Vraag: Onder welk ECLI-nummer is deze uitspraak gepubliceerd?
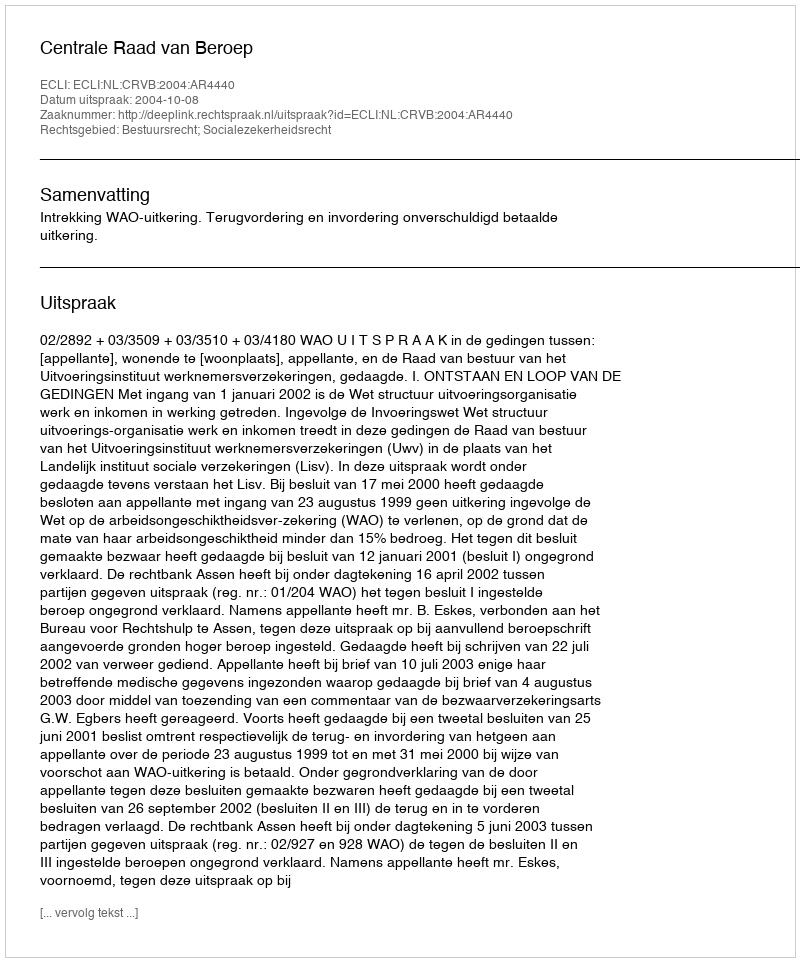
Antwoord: ECLI:NL:CRVB:2004:AR4440